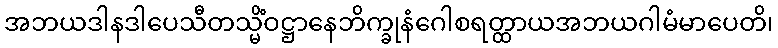
အဘယဒါနဒါပေသီတသ္မိံဝဋ္ဌာနေဘိက္ခုနံဂေါစရတ္ထာယအဘယဂါမံမာပေတိ၊